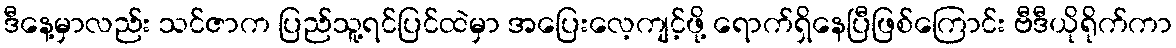
ဒီနေ့မှာလည်း သင်ဇာက ပြည်သူ့ရင်ပြင်ထဲမှာ အပြေးလေ့ကျင့်ဖို့ ရောက်ရှိနေပြီဖြစ်ကြောင်း ဗီဒီယိုရိုက်ကာ